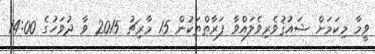
ވީމާ މިކަމަށް ޝައުޤުވެރިވެލައްވާ ފަރާތްތަކުން 15 މާރިޗު 2015 ވާ ދުވަހުގެ 14:00